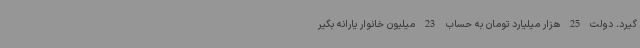
گیرد. دولت 25 هزار میلیارد تومان به حساب 23 میلیون خانوار یارانه بگیر